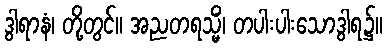
ဒွါရာနံ၊ တို့တွင်။ အညတရသ္မိံ၊ တပါးပါးသောဒွါရ၌။